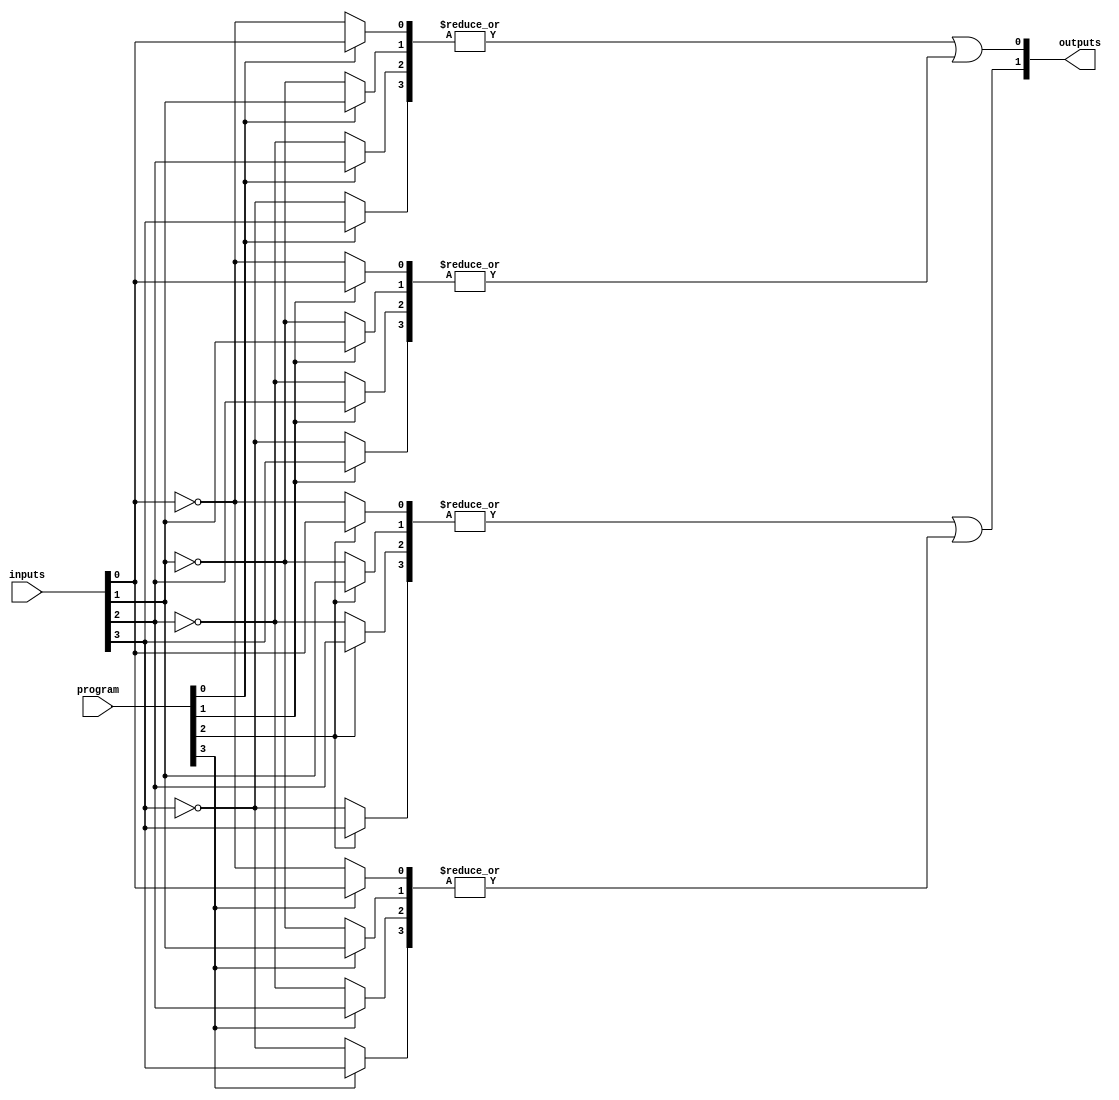
module HS_PAL (
    input  wire [N-1:0]  inputs,     // N inputs
    input  wire [M-1:0]  program,     // M programming bits for AND array
    output wire [P-1:0]  outputs      // P outputs
);
    parameter N = 8; // Number of inputs
    parameter M = 4; // Number of programmable product terms
    parameter P = 2; // Number of outputs

    // Internal signals for the programmable AND terms
    wire [M-1:0] and_terms [0:N-1]; // AND Term signals

    // Generate the AND array (programmable)
    genvar i, j;
    generate
        for (i = 0; i < M; i = i + 1) begin : and_array
            for (j = 0; j < N; j = j + 1) begin : and_inputs
                // Each AND term is conditionally driven based on programming bits
                assign and_terms[i][j] = (program[i] ? inputs[j] : ~inputs[j]);
            end
        end
    endgenerate

    // Fixed OR array for combining AND terms
    wire [P-1:0] or_outputs;

    assign or_outputs[0] = or_combination(and_terms[0], and_terms[1]); // Define logic for combining AND terms
    assign or_outputs[1] = or_combination(and_terms[2], and_terms[3]);

    // Assign outputs
    assign outputs = or_outputs;

    // OR combination function
    function automatic or_combination;
        input [N-1:0] term1;
        input [N-1:0] term2;
        begin
            or_combination = |(term1) | |(term2); // OR operation on the terms
        end
    endfunction

endmodule